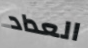
العداد